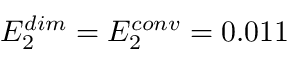
E _ { 2 } ^ { d i m } = E _ { 2 } ^ { c o n v } = 0 . 0 1 1 \